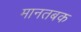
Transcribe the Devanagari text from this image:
मानतबक